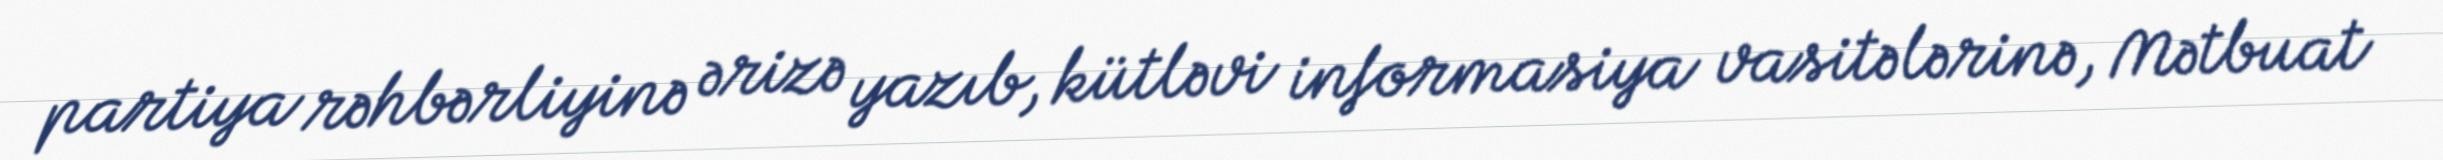
partiya rəhbərliyinə ərizə yazıb, kütləvi informasiya vasitələrinə, Mətbuat